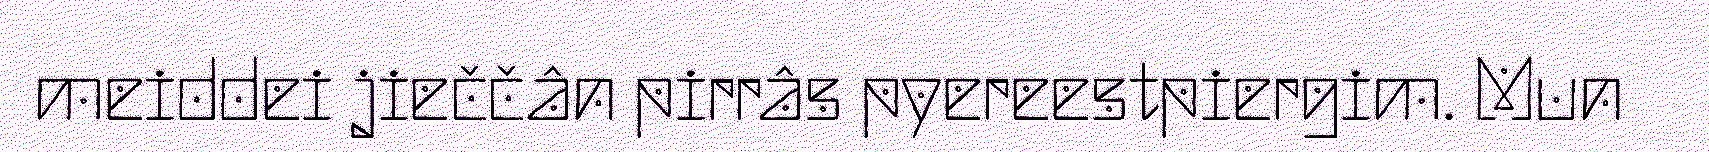
meiddei jieččân pirrâs pyereestpiergim. Mun